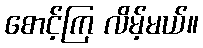
စောင့်ကြ လိမ့်မယ်။